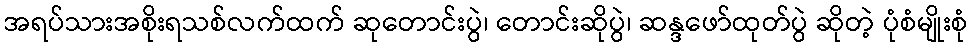
အရပ်သားအစိုးရသစ်လက်ထက် ဆုတောင်းပွဲ၊ တောင်းဆိုပွဲ၊ ဆန္ဒဖော်ထုတ်ပွဲ ဆိုတဲ့ ပုံစံမျိုးစုံ